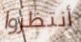
أنتظروا